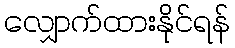
လျှောက်ထားနိုင်ရန်